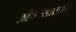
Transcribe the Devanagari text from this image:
औषधशास्त्रांत